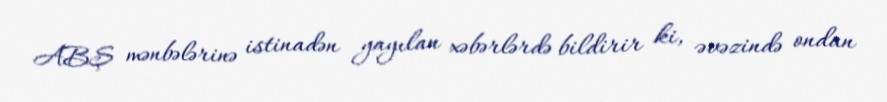
ABŞ mənbələrinə istinadən yayılan xəbərlərdə bildirir ki, əvəzində ondan